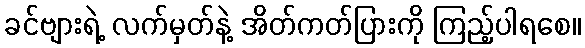
ခင်ဗျားရဲ့ လက်မှတ်နဲ့ အိတ်ကတ်ပြားကို ကြည့်ပါရစေ။